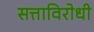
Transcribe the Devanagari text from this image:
सत्ताविरोधी